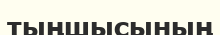
тыңшысының